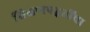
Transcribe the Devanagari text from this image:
शिक्षणपद्धतींचा